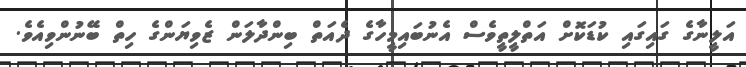
އަލީނާގެ ގައިގައި ކުޑަކޮށް އަތްލީތީވެސް އެނުބައިމީހާގެ ދެއަތް ބިންދާލަން ޒެވިޔަންގެ ހިތް ބޭނުންވިއެވެ.